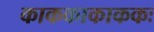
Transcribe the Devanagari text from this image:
काककाकाककः